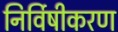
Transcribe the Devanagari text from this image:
निर्विषीकरण